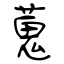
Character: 蒐